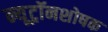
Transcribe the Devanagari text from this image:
न्यूट्रॉनशोषक